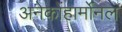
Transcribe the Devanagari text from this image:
अनेकोंहार्मोनल